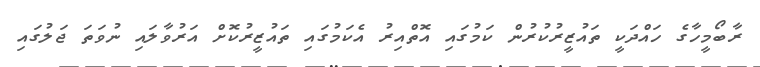
ރާބޯމީހާގެ ހައްދަކީ ތައުޒީރުކުރުން ކަމުގައި އޮތްއިރު އެކަމުގައި ތައުޒީރުކޮށް އަރުވާލައި ނުވަތަ ޖަލުގައި